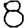
Digit: 8